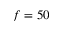
f = 5 0